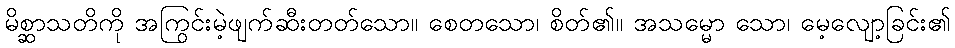
မိစ္ဆာသတိကို အကြွင်းမဲ့ဖျက်ဆီးတတ်သော။ စေတသော၊ စိတ်၏။ အသမ္မော သော၊ မေ့လျော့ခြင်း၏